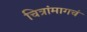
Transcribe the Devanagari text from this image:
चित्रांमागचं